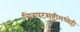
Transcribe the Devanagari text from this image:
चित्रपटसुष्ट्रीमध्येही